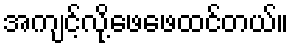
အကျင့်လို့ဖေဖေထင်တယ်။